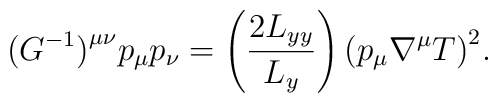
\bigl ( G^{-1}\bigr ) ^{\mu\nu} p_\mu p_\nu=  \left(\frac{2L_{yy}}{L_y}\right)  \bigl(p_\mu\nabla ^\mu T \bigr ) ^2 .